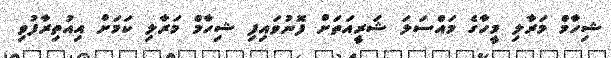
ޝިހާމް މަރާލި މީހާގެ މައްސަލަ ޝަރީއަތަށް ފޮނުވައިފި ޝިހާމް މަރާލި ކަމަށް އިއުތިރާފުވި